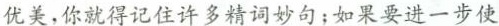
优美，你就得记住许多精词妙句；如果要进一步使